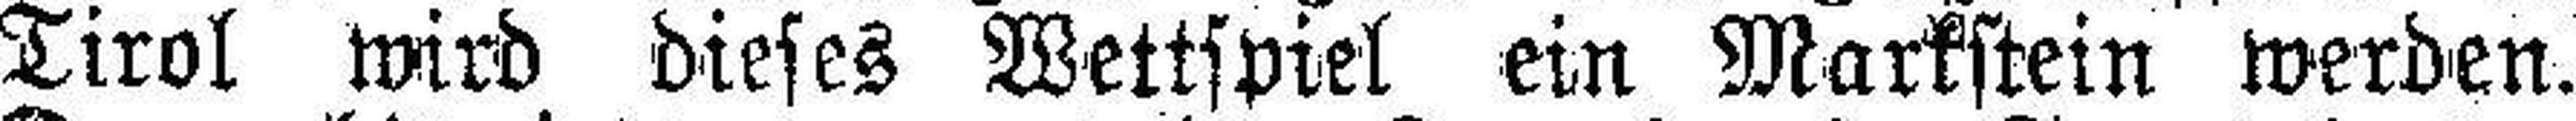
Tirol wird dieses Wettspiel ein Markstein werden.